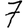
Digit: 7